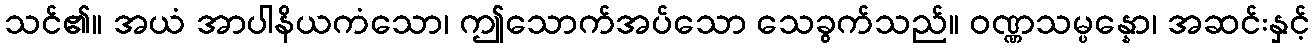
သင်၏။ အယံ အာပါနိယကံသော၊ ဤသောက်အပ်သော သေခွက်သည်။ ဝဏ္ဏသမ္ပန္နော၊ အဆင်းနှင့်